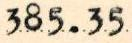
385.35